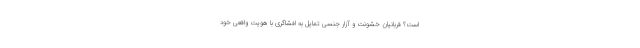
است؟ قربانیان خشونت و آزار جنسی تمایل به افشاگری با هویت واقعی خود